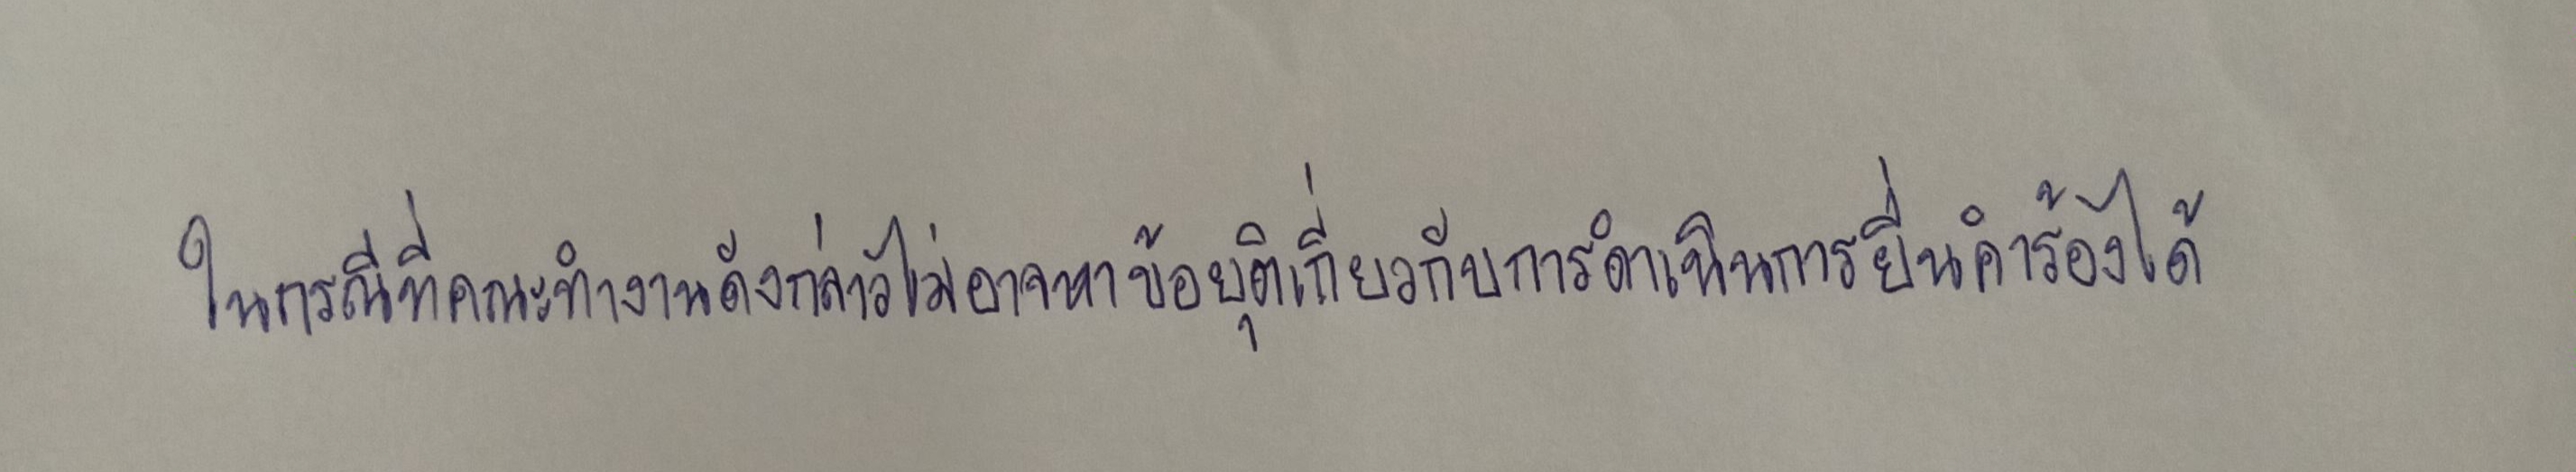
ในกรณีที่คณะทำงานดังกล่าวไม่อาจหาข้อยุติเกี่ยวกับการดำเนินการยื่นคำร้องได้